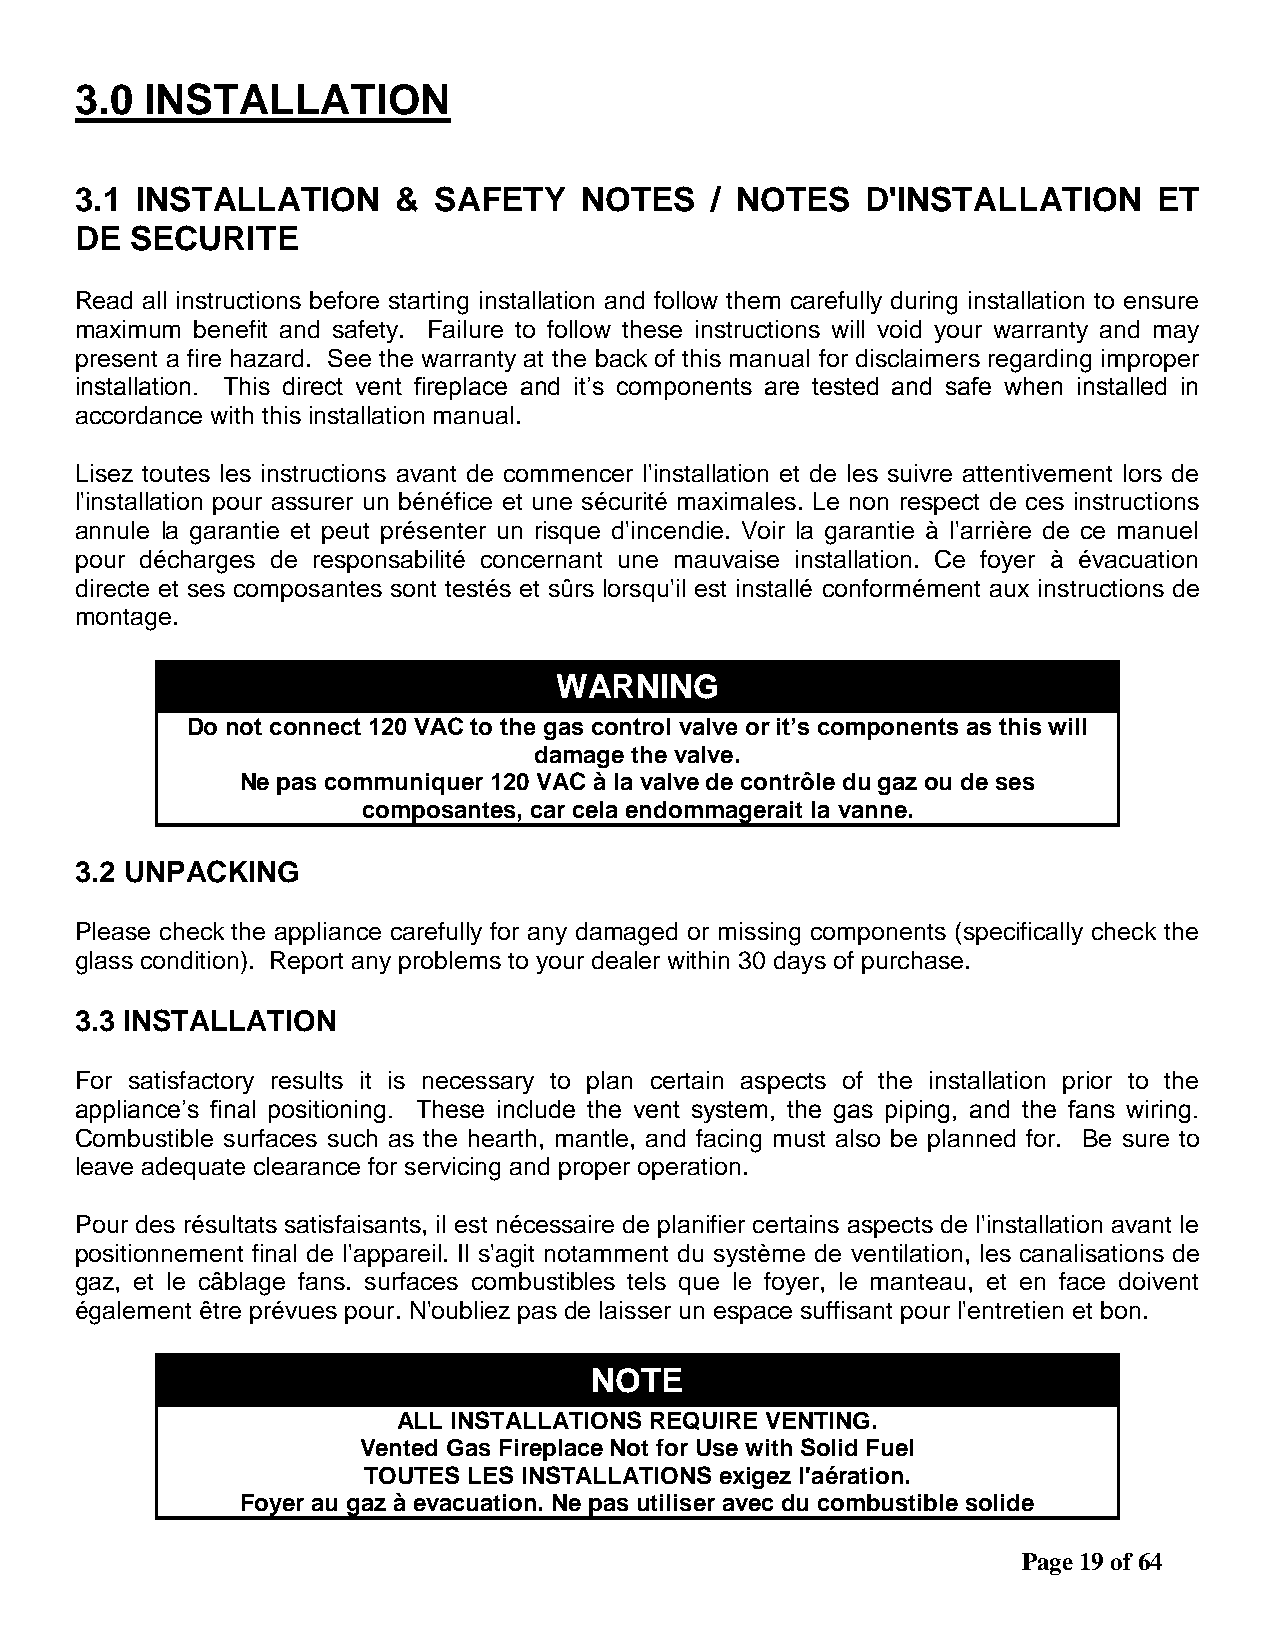
3.0  INSTALLATION
 3.1 INSTALLATION     &  SAFETY   NOTES    / NOTES   D'INSTALLATION      ET
 DE  SECURITE
 Read all instructions before starting installation and follow them carefully during installation to ensure
 maximum benefit and safety. Failure to follow these instructions will void your warranty and may
 present a fire hazard. See the warranty at the back of this manual for disclaimers regarding improper
 installation. This direct vent fireplace and it’s components are tested and safe when installed in
 accordance with this installation manual.
 Lisez toutes les instructions avant de commencer l'installation et de les suivre attentivement lors de
 l'installation pour assurer un bénéfice et une sécurité maximales. Le non respect de ces instructions
 annule la garantie et peut présenter un risque d'incendie. Voir la garantie à l'arrière de ce manuel
 pour décharges de responsabilité concernant une mauvaise installation. Ce foyer à évacuation
 directe et ses composantes sont testés et sûrs lorsqu'il est installé conformément aux instructions de
 montage.
 WARNING
 Do not connect 120 VAC to the gas control valve or it’s components as this will
 damage the valve.
 Ne pas communiquer 120 VAC à la valve de contrôle du gaz ou de ses
 composantes, car cela endommagerait la vanne.
 3.2 UNPACKING
 Please check the appliance carefully for any damaged or missing components (specifically check the
 glass condition). Report any problems to your dealer within 30 days of purchase.
 3.3 INSTALLATION
 For satisfactory results it is necessary to plan certain aspects of the installation prior to the
 appliance’s final positioning. These include the vent system, the gas piping, and the fans wiring.
 Combustible surfaces such as the hearth, mantle, and facing must also be planned for. Be sure to
 leave adequate clearance for servicing and proper operation.
 Pour des résultats satisfaisants, il est nécessaire de planifier certains aspects de l'installation avant le
 positionnement final de l'appareil. Il s'agit notamment du système de ventilation, les canalisations de
 gaz, et le câblage fans. surfaces combustibles tels que le foyer, le manteau, et en face doivent
 également être prévues pour. N'oubliez pas de laisser un espace suffisant pour l'entretien et bon.
 NOTE
 ALL INSTALLATIONS REQUIRE VENTING.
 Vented Gas Fireplace Not for Use with Solid Fuel
 TOUTES LES INSTALLATIONS exigez l'aération.
 Foyer au gaz à evacuation. Ne pas utiliser avec du combustible solide
 Page 19 of 64